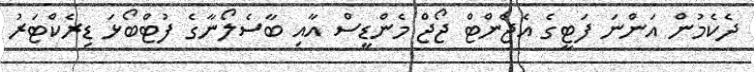
ދެކެމުން އަންނަ ފަޓީގެ އެޖެންޓް ޖޯޖް މެންޑީސް އާއި ބާސެލޯނާގެ ފުޓްބޯޅަ ޑިރެކްޓަރު